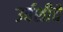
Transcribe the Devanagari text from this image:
उर्वशीचे